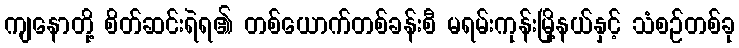
ကျနောတို့ စိတ်ဆင်းရဲရ၏ တစ်ယောက်တစ်ခန်းစီ မရမ်းကုန်းမြို့နယ်နှင့် သံစဉ်တစ်ခု